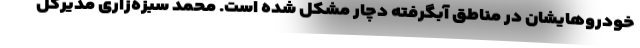
خودروهایشان در مناطق آبگرفته دچار مشکل شده است. محمد سبزه‌زاری مدیرکل